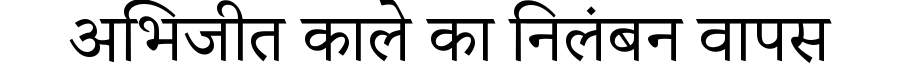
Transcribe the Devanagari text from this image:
अभिजीत काले का निलंबन वापस